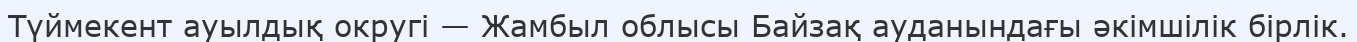
Түймекент ауылдық округі — Жамбыл облысы Байзақ ауданындағы әкімшілік бірлік.